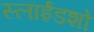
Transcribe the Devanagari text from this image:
स्लाईडशो